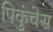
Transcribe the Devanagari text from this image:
पिकुंचेस